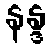
နန္ဒ